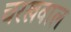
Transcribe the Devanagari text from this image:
चरखवाल